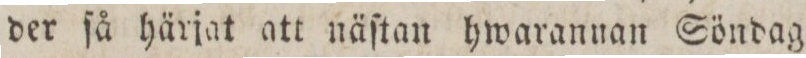
der ſå härjat att näſtan hwarannan Söndag